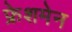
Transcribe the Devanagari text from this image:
फ्रेशमेन